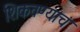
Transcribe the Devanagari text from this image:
शिकवण्याचं